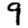
Digit: 9